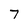
Character: 7